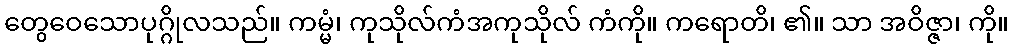
တွေဝေသောပုဂ္ဂိုလသည်။ ကမ္မံ၊ ကုသိုလ်ကံအကုသိုလ် ကံကို။ ကရောတိ၊ ၏။ သာ အဝိဇ္ဇာ၊ ကို။